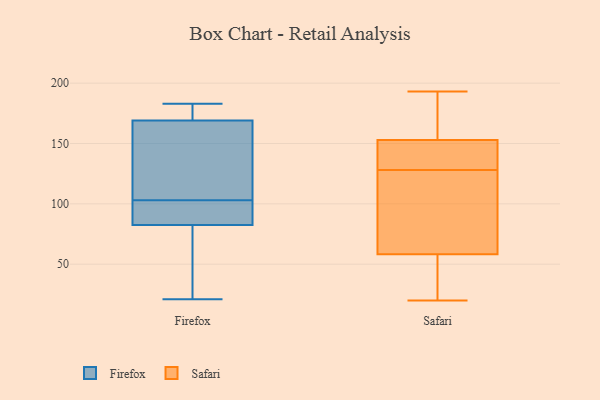
{"axis": {"x": "Website Visitors", "y": "Value"}, "legend": ["Firefox", "Safari"], "data": [{"x": "", "y": 33, "type": "Firefox"}, {"x": "", "y": 176, "type": "Firefox"}, {"x": "", "y": 183, "type": "Firefox"}, {"x": "", "y": 148, "type": "Firefox"}, {"x": "", "y": 21, "type": "Firefox"}, {"x": "", "y": 89, "type": "Firefox"}, {"x": "", "y": 58, "type": "Firefox"}, {"x": "", "y": 168, "type": "Firefox"}, {"x": "", "y": 162, "type": "Firefox"}, {"x": "", "y": 171, "type": "Firefox"}, {"x": "", "y": 170, "type": "Firefox"}, {"x": "", "y": 96, "type": "Firefox"}, {"x": "", "y": 79, "type": "Firefox"}, {"x": "", "y": 59, "type": "Firefox"}, {"x": "", "y": 99, "type": "Firefox"}, {"x": "", "y": 105, "type": "Firefox"}, {"x": "", "y": 175, "type": "Firefox"}, {"x": "", "y": 101, "type": "Firefox"}, {"x": "", "y": 156, "type": "Firefox"}, {"x": "", "y": 86, "type": "Firefox"}, {"x": "", "y": 138, "type": "Safari"}, {"x": "", "y": 193, "type": "Safari"}, {"x": "", "y": 21, "type": "Safari"}, {"x": "", "y": 58, "type": "Safari"}, {"x": "", "y": 35, "type": "Safari"}, {"x": "", "y": 180, "type": "Safari"}, {"x": "", "y": 128, "type": "Safari"}, {"x": "", "y": 154, "type": "Safari"}, {"x": "", "y": 115, "type": "Safari"}, {"x": "", "y": 20, "type": "Safari"}, {"x": "", "y": 130, "type": "Safari"}, {"x": "", "y": 182, "type": "Safari"}, {"x": "", "y": 89, "type": "Safari"}, {"x": "", "y": 59, "type": "Safari"}, {"x": "", "y": 150, "type": "Safari"}]}